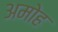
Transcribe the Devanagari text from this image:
अमोह